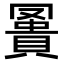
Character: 𧷅